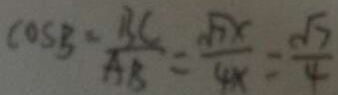
\cos B = \frac { B C } { A B } = \frac { \sqrt { 7 } x } { 4 x } = \frac { \sqrt { 7 } } { 4 }